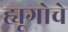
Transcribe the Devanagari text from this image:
ह्यूगोचे